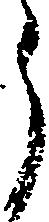
う